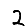
Digit: 2